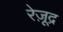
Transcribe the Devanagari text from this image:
रेज़ूद्र